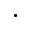
\cdot